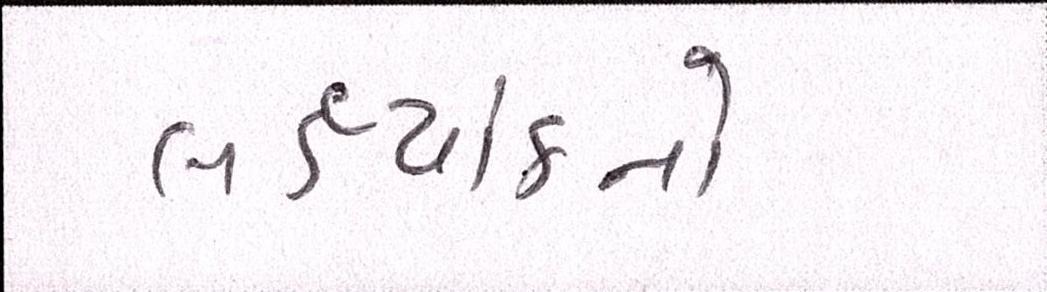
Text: લક્ષ્યાંકનો